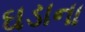
ઘડાના